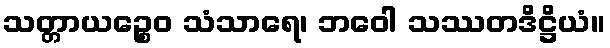
သတ္တာယဉ္စေဝ သံသာရေ၊ ဘဝေါ သဿတဒိဋ္ဌိယံ။